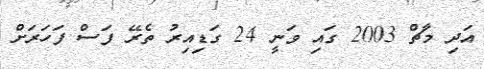
އަދި މާޗް 2003 ގައި ވަނީ 24 ގަޑިއިރު ތެރޭ ފަސް ފަހަރަށް